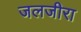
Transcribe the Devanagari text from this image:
जलजीरा